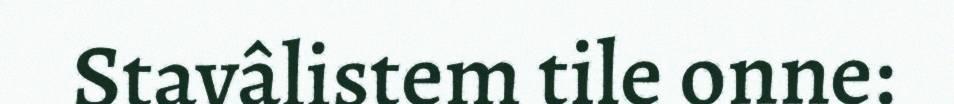
Stavâlistem tile onne: